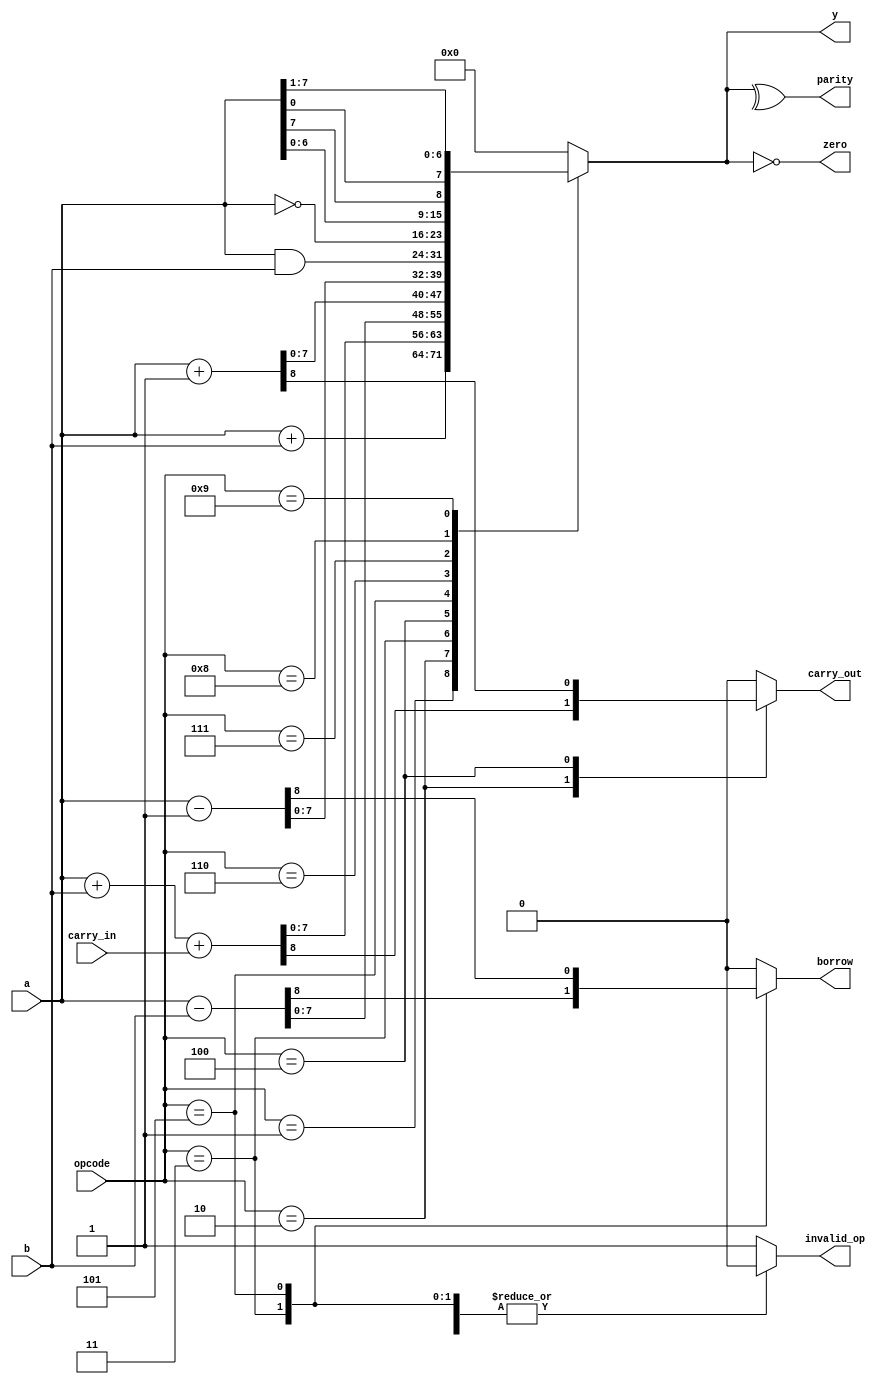

module ALU
    // Parameters section
    #( parameter BUS_WIDTH = 8)
    // Ports section
    (input [BUS_WIDTH-1:0] a,
     input [BUS_WIDTH-1:0] b,
     input carry_in,
     input [3:0] opcode,
     output reg [BUS_WIDTH-1:0] y,
     output reg carry_out,
     output reg borrow,
     output zero,
     output parity,
     output reg invalid_op
    );
  
    // Define a list of opcodes
    localparam OP_ADD       = 1; // A + B
    localparam OP_ADD_CARRY = 2; // A + B + Carry
    localparam OP_SUB = 3;       // Subtract B from A
    localparam OP_INC = 4;       // Increment A
    localparam OP_DEC = 5;       // Decrement A
    localparam OP_AND = 6;       // Bitwise AND
    localparam OP_NOT = 7;       // Bitwise NOT
    localparam OP_ROL = 8;       // Rotate Left
    localparam OP_ROR = 9;       // Rotate Right  
  
    always @(*) begin
        y = 0; carry_out = 0; borrow = 0; invalid_op = 0;
        case (opcode)
            OP_ADD        :  begin y = a + b; end
            OP_ADD_CARRY  :  begin {carry_out, y} = a + b + carry_in; end
            OP_SUB        :  begin {borrow, y} = a - b; end
            OP_INC        :  begin {carry_out, y} = a + 1'b1; end
            OP_DEC        :  begin {borrow, y} = a - 1'b1; end
            OP_AND        :  begin y = a & b; end
            OP_NOT        :  begin y = ~a; end
            OP_ROL        :  begin y = {a[BUS_WIDTH-2:0], a[BUS_WIDTH-1]}; end
            OP_ROR        :  begin y = {a[0], a[BUS_WIDTH-1:1]}; end
            default: begin invalid_op = 1; y = 0; carry_out = 0; borrow = 0;  end
        endcase
    end
  
    assign parity = ^y;
    assign zero = (y == 0);
endmodule